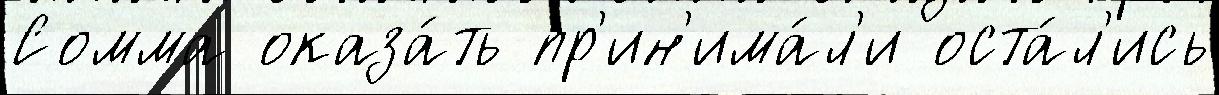
Сомма оказа́ть пр'ин'има́л'и оста́л'ись